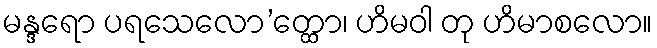
မန္ဒရော ပရသေလော’တ္ထော၊ ဟိမဝါ တု ဟိမာစလော။